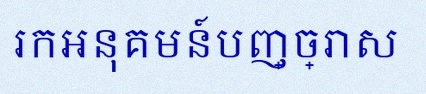
រកអនុគមន៍បញ្ច្រាស